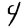
Digit: 4